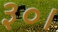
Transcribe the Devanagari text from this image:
३०।